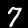
Label: 7